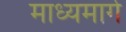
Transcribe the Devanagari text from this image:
माध्यमार्ग